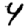
Digit: 4